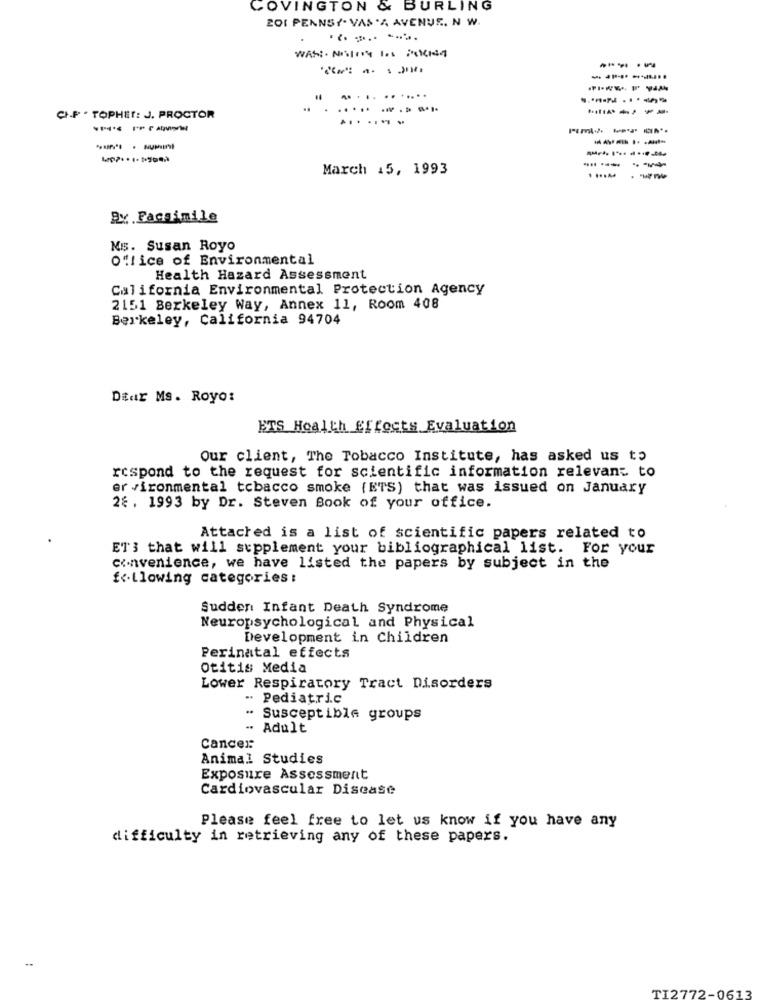
COVINGTON & BURLING
ZOI PENNSY- VAS'A AVENUE, N W.
-----
.......
...
---
CIF . TOPHET: J. PROCTOR
------
------
----
March 15, 1993
---
By .Facsimile
Ns. Susan Royo
Office of Environmental
Health Hazard Assessment
California Environmental Protection Agency
2151 Berkeley Way, Annex 11, Room 408
Berkeley, California 94704
Diar Ms. Royo:
ETS Health Effects Evaluation
Our client, The Tobacco Institute, has asked us to
respond to the request for scientific information relevant to
er vironmental tobacco smoke (ETS) that was issued on January
28 . 1993 by Dr. Steven Book of your office.
Attached is a list of scientific papers related to
ET'3 that will supplement your bibliographical list. For your
convenience, we have listed the papers by subject in the
following categories :
Sudden Infant Death Syndrome
Neuropsychological and Physical
Development in Children
Perinatal effects
Otitis Media
Lower Respiratory Tract Disorders
-. Pediatric
Susceptible groups
- Adult
Cancer
Animal Studies
Exposure Assessment
Cardiovascular Disease
Please feel free to let us know if you have any
difficulty in retrieving any of these papers.
TI2772-0613